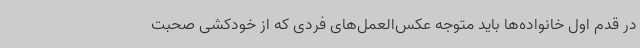
در قدم اول خانواده‌ها باید متوجه عکس‌العمل‌های فردی که از خودکشی صحبت